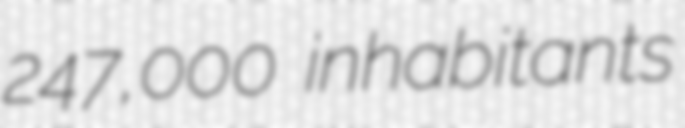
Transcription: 247,000 inhabitants